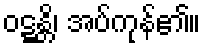
ဝဋ္ဋန္တိ၊ အပ်ကုန်၏။